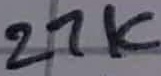
Text: 27K